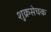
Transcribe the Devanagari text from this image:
शुक्रसेचक